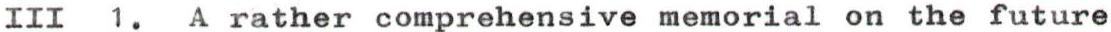
III 1. A rather comprehensive memorial on the future